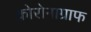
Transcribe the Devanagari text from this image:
कोरोनाग्राफ